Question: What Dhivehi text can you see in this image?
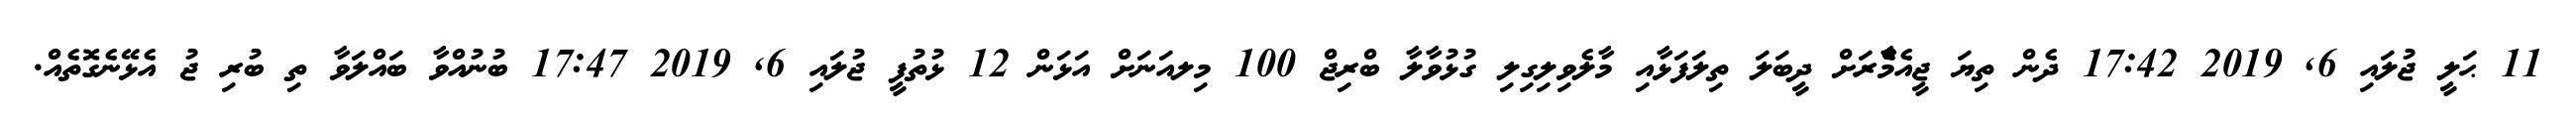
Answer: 11 ޙަލީ ޖުލައި 6, 2019 17:42 ދެން ތިޔަ ޖީއެމްެާރަށް ދީބަލަ ތިލަފަޅާއި މާލެވިލިގިލި ގުޅުވާލާ ބްރިޖް 100 މިލއަނަށް އަޅަން 12 ޅުތުފީ ޖުލައި 6, 2019 17:47 ބުނުއްވާ ބައްލަވާ ތި ބުރި ޖު އެޅޭނެގޮތެއް.